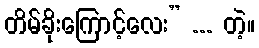
တိမ်ခိုးကြောင့်လေး” ... တဲ့။